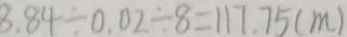
8 . 8 4 \div 0 . 0 2 \div 8 = 1 1 7 . 7 5 ( m )